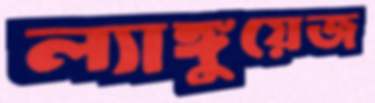
ল্যাঙ্গুয়েজ